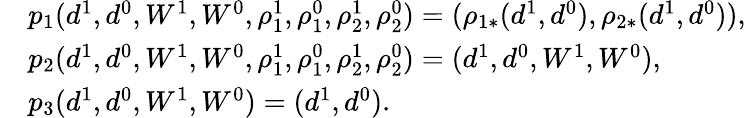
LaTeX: \begin{array}{rl}&{p_{1}(d^{1},d^{0},W^{1},W^{0},\rho_{1}^{1},\rho_{1}^{0},\rho_{2}^{1},\rho_{2}^{0})=(\rho_{1*}(d^{1},d^{0}),\rho_{2*}(d^{1},d^{0})),}\\ &{p_{2}(d^{1},d^{0},W^{1},W^{0},\rho_{1}^{1},\rho_{1}^{0},\rho_{2}^{1},\rho_{2}^{0})=(d^{1},d^{0},W^{1},W^{0}),}\\ &{p_{3}(d^{1},d^{0},W^{1},W^{0})=(d^{1},d^{0}).}\end{array}